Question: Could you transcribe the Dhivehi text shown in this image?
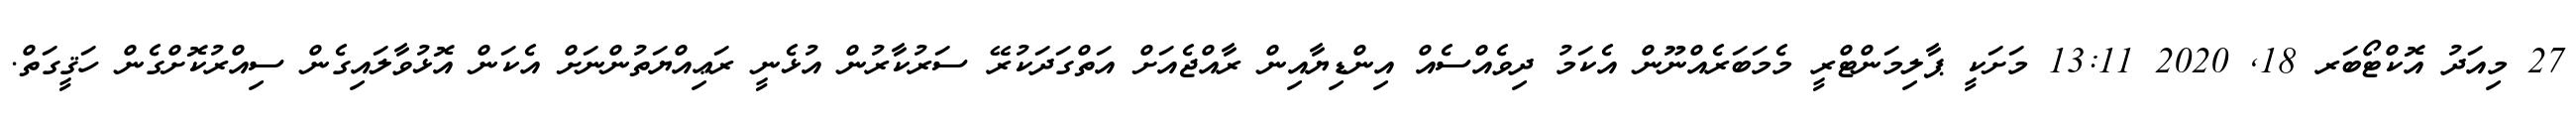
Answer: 27 މިއަދު އޮކްޓޯބަރ 18, 2020 13:11 މަށަކީ ޕާލިމަންޓްރީ މެމަބަރެއްނޫން އެކަމު ދިވެއްސެއް އިންޑިޔާއިން ރާއްޖެއަށް އަތްގަދަކުރޭ ސަރުކާރުން އުޅެނީ ރަޢިއްޔަތުންނަށް އެކަން އޮޅުވާލައިގެން ސިއްރުކޮށްގެން ހަޤީގަތް.